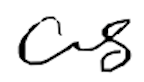
Text: as
Cross-out: clean
Writing tool: digital_black